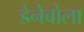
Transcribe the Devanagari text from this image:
डेनेबोला